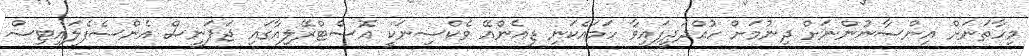
މިހާތަނަށް އިންސާނުންނަށް ދިނުމަށް ހުއްދަދީފައިވާ ހަމައެކަނި ޑިއެންއޭ ވެކްސިނަކީ އޮސްޓްރޭލިއާގައި ޖަޕަނީސް އެންސެފެލައިޓިސް